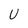
Character: U